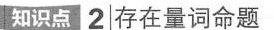
知识点2存在量词命题